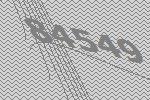
84549